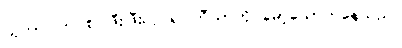
ယုကာဝါက စပ်ဖြီးဖြီးလုပ်၍ ဘီယာကို မော့သောက်နေသည်။